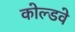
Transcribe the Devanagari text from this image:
कोल्डवे